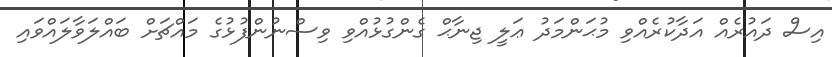
އިސް ދައުރެއް އަދާކުރެއްވި މުޙަންމަދު ޢަލީ ޖިނާޙް ގެންގުޅުއްވި ވިސްނުންފުޅުގެ މައްޗަށް ބައްލަވާލައްވައި